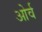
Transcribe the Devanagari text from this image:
ओर्व